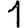
Digit: 1